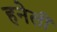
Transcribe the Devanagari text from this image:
हनेली